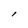
Character: l